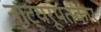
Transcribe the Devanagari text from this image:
नाट्यरूपंतकार